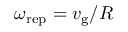
\omega _ { \mathrm { r e p } } = v _ { \mathrm { g } } / R